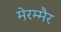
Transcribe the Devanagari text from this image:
मेरम्मैर